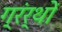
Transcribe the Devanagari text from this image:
ग्रंर्थों